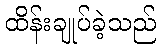
ထိန်းချုပ်ခဲ့သည်